Annual vaccination report of Bihar and Orissa - 1911-1928
Year: 1911
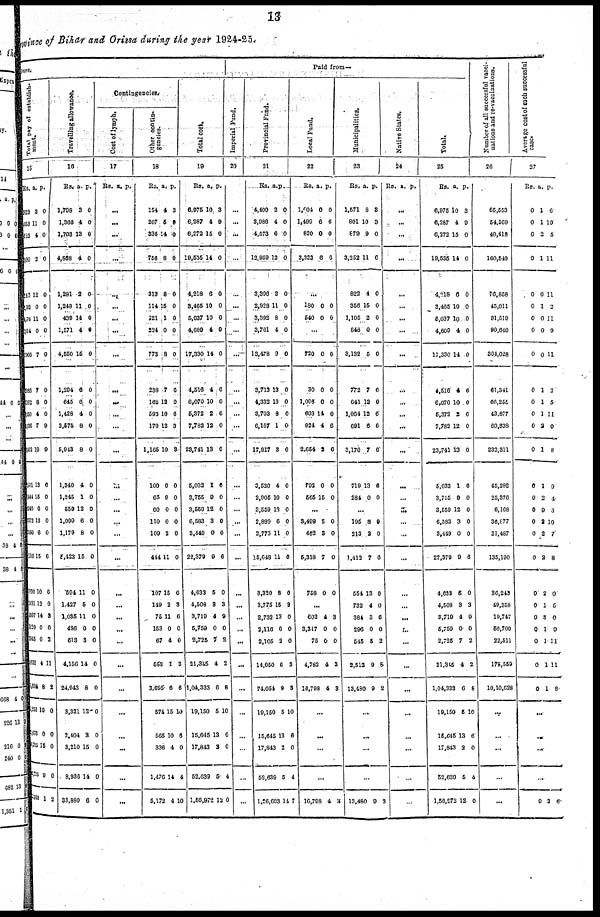
13
ovince of Bihar and Orissa during the year 1924-25.
ure.
Total
pay
of
establish¬
ment.
15
Rs.
923
853
153
400
203
1,02
478
914
003
988
82
150
36
02
11
44
10
173
160
510
936
031
907
420
45
635
234
253
78
185
225
30
a.
3
11
4
2
12
0
11
0
7
7
8
4
7
10
13
18
0
13
0
15
10
2
14
0
0
4
8
10
0
16
0
1
p.
0
0
0
0
0
0
0
0
0
0
0
0
9
9
6
0
0
0
0
6
0
0
8
0
2
11
2
0
0
0
0
2
Paid from—
Travelling allowance.
16
Rs.
1,708
1,368
1,703
4,868
1,291
1,248
439
1,571
4,550
1,204
645
1,428
2,578
5,943
1,340
1,245
659
1,009
1,179
5,423
504
1,427
1,035
486
618
4,156
24,943
8,321
2,404
3,210
8,938
83,880
a.
3
4
13
4
2
11
14
4
15
6
8
4
8
8
4
1
12
6
8
15
11
5
11
0
8
14
8
12
3
15
14
6
p.
0
0
0
0
0
0
0
0
0
0
0
0
0
0
0
0
0
0
0
0
0
0
0
0
0
0
0
0
0
0
0
0
Contingencies.
Cost of lymph.
17
Rs a. p.
...
...
...
...
...
...
...
...
...
...
...
...
...
...
...
...
...
...
...
...
...
...
...
...
...
...
...
...
...
...
...
...
Other contin¬
gencies.
18
Rs.
154
267
336
758
313
114
221
234
773
238
162
593
170
1,165
100
65
60
110
109
444
107
149
75
153
67
558
3,695
574
565
336
1,470
5,172
a.
4
5
14
8
8
15
1
0
8
7
12
10
12
10
0
9
0
0
2
11
15
2
11
0
4
1
6
15
10
4
14
4
p.
3
9
0
0
0
0
0
0
0
6
0
6
3
3
0
0
0
0
0
0
6
3
6
0
0
3
6
10
6
0
4
10
Total cost.
19
Rs.
6,975
6,287
6,272
10,535
4,218
3,465
5,037
4,609
17,330
4,516
6,070
6,372
7,782
23,741
5,032
3,755
3,559
6,583
3,449
22,379
4,633
4,508
3,719
5,759
2,725
21,345
1,04,333
19,150
15,645
17,843
52,639
1,50,972
a.
10
4
15
14
6
10
10
4
14
4
10
2
12
13
1
9
12
3
0
9
5
8
4
0
7
4
6
5
13
2
5
12
p.
3
9
0
0
0
0
0
0
0
6
0
6
0
0
6
0
0
0
0
6
0
3
9
0
2
2
8
10
6
0
4
0
Imperial Fund.
20
...
...
...
...
...
...
...
...
...
...
...
...
...
...
...
...
...
...
...
...
...
...
...
...
...
...
...
...
...
...
...
...
Provincial Fund.
21
Rs
4,400
3,986
4,578
12,959
3,396
2,928
3,392
3,761
18,478
3,713
4,332
3,703
6,167
17,917
3,530
2,905
3,559
2,889
2,773
15,648
3,320
3,775
2,732
2,116
2,105
14,050
74,054
19,150
15,645
17,843
52,639
1,26,603
a.
2
4
6
12
2
11
8
4
9
18
13
8
1
3
4
10
13
0
11
11
8
15
13
0
2
6
9
5
13
2
6
14
p.
0
0
0
0
0
0
0
0
0
0
0
0
0
0
0
0
0
0
0
0
6
3
0
0
0
3
3
10
6
0
4
7
Local Food.
22
Rs.
1,904
1,409
820
3,323
a.
0
6
0
6
p.
0
6
0
6
...
180
540
0
0
0
0
...
720
30
1,096
603
924
2,654
792
565
0
0
0
14
4
2
0
15
0
0
0
0
6
6
0
0
...
3,498
462
5,318
768
5
3
7
0
0
0
0
0
...
602
3,347
75
4,783
16,798
4
0
0
4
4
3
0
0
3
3
...
...
...
...
16,798 4 3
Municipalities.
23
Rs.
1,571
801
879
3,252
823
356
1,105
648
3,182
772
641
1,064
691
3,170
719
284
a.
8
10
9
11
4
15
2
0
5
7
13
12
6
7
13
0
p.
3
8
0
6
0
0
0
0
0
6
0
6
6
6
6
0
...
195
313
1,413
654
732
384
296
545
2,512
13,480
8
2
7
13
4
3
0
5
9
9
0
0
0
0
0
6
0
2
8
2
...
...
...
...
13,480 9 3
Native States.
24
Rs. a. p.
...
...
...
...
...
...
...
...
...
...
...
...
...
...
...
...
...
...
...
...
...
...
...
...
...
...
...
...
...
...
...
...
Total.
25
Rs.
6,975
6,287
6,372
19,535
4,218
3,405
5,037
4,609
17,330
4,516
6,070
5,372
7,782
23,741
5,032
3,755
8,559
6,583
3,449
22,379
4,688
4,508
8,719
5,759
2,725
21,345
1,04,388
19,150
16,645
17,843
52,639
1,56,972
a.
10
4
15
14
6
10
10
4
14
4
10
2
12
13
1
9
12
3
0
9
5
3
4
0
7
4
6
5
13
2
5
12
p.
3
9
0
0
0
0
0
0
0
6
0
6
0
0
6
0
0
0
0
6
0
3
9
0
2
2
6
10
8
0
4
0
Number of all successful vacci¬
nations and re-vaccinations.
26
65,553
54,569
40,418
160,540
76,858
45,011
91,519
90,640
304,028
61,341
66,258
43,877
60,838
233,311
45,282
25,376
6,168
36,877
21,487
135,100
36,248
49,358
19,747
50,700
22,511
178,559
10,10,628
...
...
...
...
...
Average cost of each successful
case.
27
Rs.
0
0
0
0
0
0
0
0
0
0
0
0
0
0
0
0
0
0
0
0
0
0
0
0
0
0
0
a.
1
1
2
1
0
1
0
0
0
1
1
1
2
1
1
2
9
2
2
2
2
1
8
1
1
1
1
p.
6
10
5
11
11
2
11
9
11
3
5
11
0
8
9
4
3
10
7
8
0
5
0
9
11
11
8
...
...
...
...
0 2
6